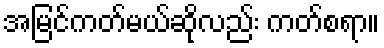
အမြင်ကတ်မယ်ဆိုလည်း ကတ်စရာ။